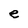
Character: e